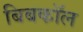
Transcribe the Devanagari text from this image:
बिबकॉल